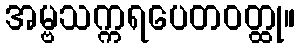
အမ္ဗသက္ကရပေတဝတ္ထု။